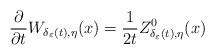
LaTeX: \begin{align*}\frac{\partial}{\partial t}W_{\delta_{\varepsilon}(t),\eta}(x)=\frac{1}{2t}Z_{\delta_{\varepsilon}(t),\eta}^{0}(x)\end{align*}